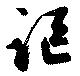
謳